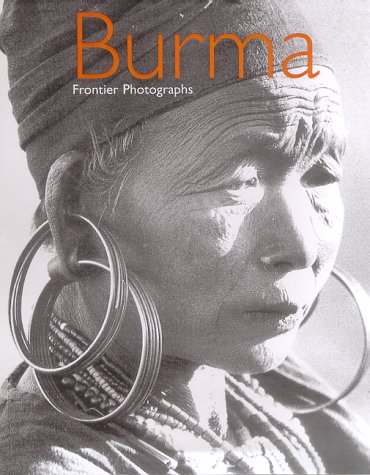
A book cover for Burma: Frontier Photographs; Elizabeth Dell; Travel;